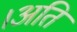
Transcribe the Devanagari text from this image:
।अति